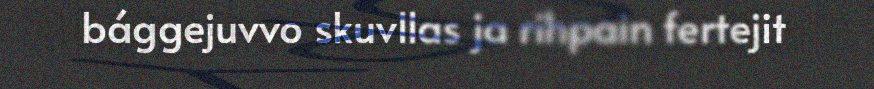
bággejuvvo skuvllas ja rihpain fertejit